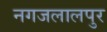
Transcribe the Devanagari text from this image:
नगजलालपुर